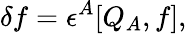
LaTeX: \delta f=\epsilon^{A}[Q_{A},f],